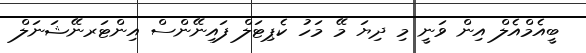
ބީއެމްއެލް އިން ވަނީ މި ދިޔަ މޭ މަހު ކެޕިޓަލް ފައިނޭންސް އިންޓަރނޭޝަނަލް